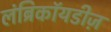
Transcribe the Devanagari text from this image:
लंब्रिकॉयडीज़